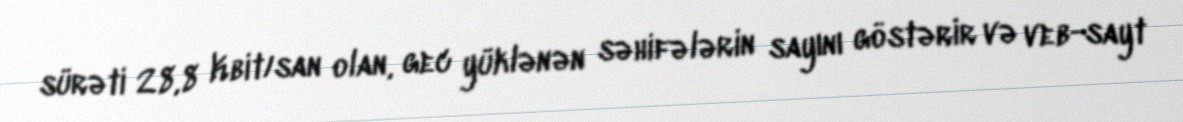
sürəti 28,8 Kbit/san olan, gec yüklənən səhifələrin sayını göstərir və veb-sayt